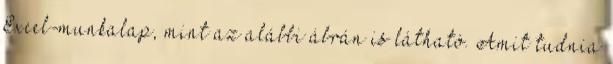
Excel-munkalap, mint az alábbi ábrán is látható. Amit tudnia